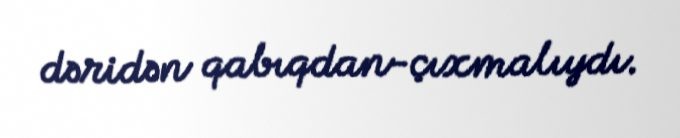
dəridən qabıqdan-çıxmalıydı.